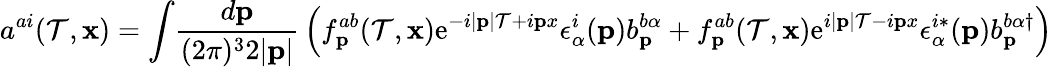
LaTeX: a^{ai}(\mathcal{T},{\mathbf{x}})=\int\! {\frac{{d{\mathbf{p}}}}{{(2\pi)^{3}2|{\mathbf{p}}|}}}\left(f_{\mathbf{p}}^{ab}(\mathcal{T},{\mathbf{x}})\mathrm{{e}}^{-i|{\mathbf{p}}|\mathcal{T}+i{\mathbf{p}x}}\epsilon_{\alpha}^{i}({\mathbf{p}})b_{\mathbf{p}}^{b\alpha}+f_{\mathbf{p}}^{ab}(\mathcal{T},{\mathbf{x}})\mathrm{{e}}^{i|{\mathbf{p}}|\mathcal{T}-i{\mathbf{p}x}}\epsilon_{\alpha}^{i*}({\mathbf{p}})b_{\mathbf{p}}^{b\alpha\dagger}\right)